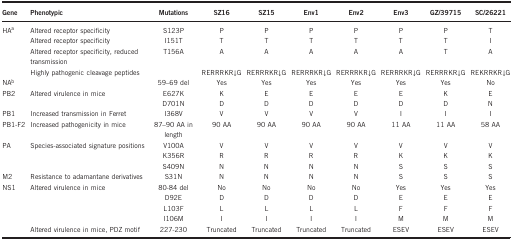
| Gene | Phenotypic | Mutations | SZ16 | SZ15 | Env1 | Env2 | Env3 | GZ/39715 | SC/26221 |
 | --- | --- | --- | --- | --- | --- | --- | --- | --- | --- |
 | HAa | Altered receptor specificity | S123P | P | P | P | P | P | P | T |
 |  | Altered receptor specificity | I151T | T | T | T | T | T | T | I |
 |  | Altered receptor specificity, reduced transmission | T156A | A | A | A | A | A | T | A |
 |  | Highly pathogenic cleavage peptides |  | RERRRKR↓G | RERRRKR↓G | RERRRKR↓G | RERRRKR↓G | RERRRKR↓G | RERRRKR↓G | REKRRKR↓G |
 | NAb |  | 59–69 del | Yes | Yes | Yes | Yes | Yes | Yes | No |
 | PB2 | Altered virulence in mice | E627K | K | E | E | E | E | K | E |
 |  |  | D701N | D | D | D | D | D | D | N |
 | PB1 | Increased transmission in Ferret | I368V | V | V | V | V | I | I | I |
 | PB1-F2 | Increased pathogenicity in mice | 87–90 AA in length | 90 AA | 90 AA | 90 AA | 90 AA | 11 AA | 11 AA | 58 AA |
 | PA | Species-associated signature positions | V100A | V | V | V | V | V | V | V |
 |  |  | K356R | R | R | R | R | K | K | K |
 |  |  | S409N | N | N | N | N | S | S | S |
 | M2 | Resistance to adamantane derivatives | S31N | N | N | N | N | S | S | S |
 | NS1 | Altered virulence in mice | 80-84 del | No | No | No | No | Yes | Yes | Yes |
 |  |  | D92E | D | D | D | D | E | E | E |
 |  |  | L103F | L | L | L | L | F | F | F |
 |  |  | I106M | I | I | I | I | M | M | M |
 |  | Altered virulence in mice, PDZ motif | 227-230 | Truncated | Truncated | Truncated | Truncated | ESEV | ESEV | ESEV |